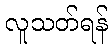
လူသတ်ရန်